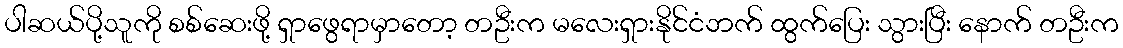
ပါဆယ်ပို့သူကို စစ်ဆေးဖို့ ရှာဖွေရာမှာတော့ တဦးက မလေးရှားနိုင်ငံဘက် ထွက်ပြေး သွားပြီး နောက် တဦးက